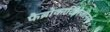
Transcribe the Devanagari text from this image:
फैब्रोकार्टिलेजीनस